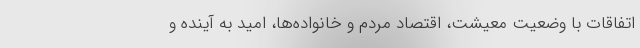
اتفاقات با وضعیت معیشت، اقتصاد مردم و خانواده‌ها، امید به آینده و